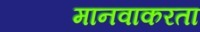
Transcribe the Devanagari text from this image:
मानवाकरता